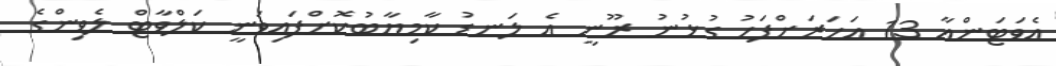
އެވަޓަންއާ 13 އަހަރަށްފަހު ގުޅުނު ރޫނީ އެ ލަނޑު ކާމިޔާބުކޮށްފައިވަނީ ކަލްވާޓް ލެވިންގެ